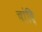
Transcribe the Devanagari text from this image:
चांदि